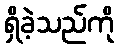
ရှိခဲ့သည်ကို